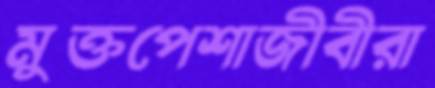
মুক্তপেশাজীবীরা